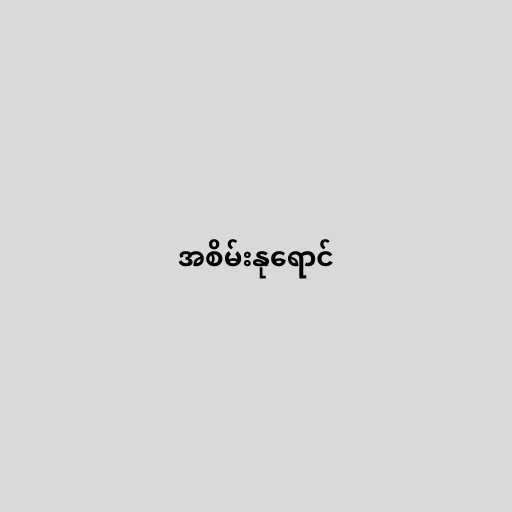
အစိမ်းနုရောင်